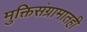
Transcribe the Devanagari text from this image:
मुक्तिसंग्रामातही